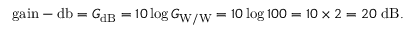
{ \mathrm { g a i n - d b } } = G _ { \mathrm { d B } } = 1 0 \log G _ { \mathrm { W / W } } = 1 0 \log 1 0 0 = 1 0 \times 2 = 2 0 ~ { \mathrm { d B } } .